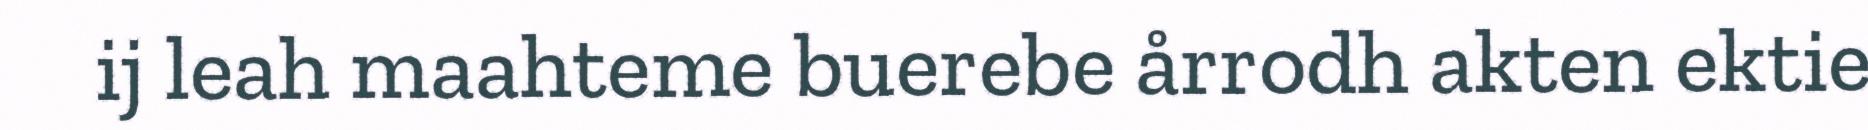
ij leah maahteme buerebe årrodh akten ektie